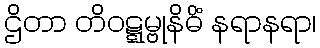
ဌိတာ တိဝဋ္ဋမ္ဗုနိဓိံ နရာနရာ၊